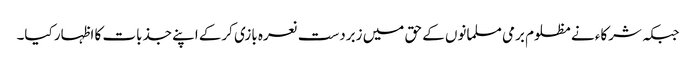
جبکہ شرکاء نے مظلوم برمی مسلمانوں کے حق میں زبردست نعرہ بازی کرکے اپنے جذبات کا اظہار کیا۔